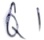
Text: Q1